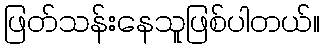
ဖြတ်သန်းနေသူဖြစ်ပါတယ်။